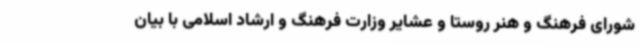
شورای فرهنگ و هنر روستا و عشایر وزارت فرهنگ و ارشاد اسلامی با بیان